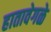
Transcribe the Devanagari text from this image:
हातावेगळे